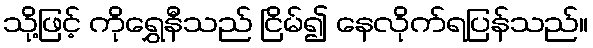
သို့ဖြင့် ကိုရွှေနီသည် ငြိမ်၍ နေလိုက်ရပြန်သည်။